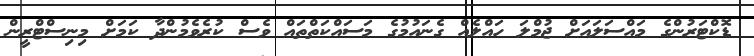
ޑޮކްޓަރުންގެ މައްސަލައަށް ޖުމްލަ ހައްލެއް ގެނައުމުގެ މަސައްކަތްތައް ވެސް ކުރެވެމުންދާ ކަމަށް މިނިސްޓްރީން